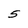
Character: 5